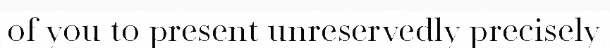
of you to present unreservedly precisely